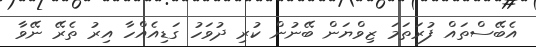
އެބޭސްތައް ފުރަތަމަ ޒިވްޔަން ބޭނުން ކުރި ދުވަހު ގަޑިއެއްހާ އިރު ތެރޭ ނޭވާ